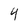
Character: 4